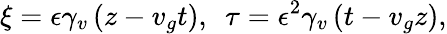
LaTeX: \xi=\epsilon\gamma_{v}\left(z-v_{g}t\right),~~\tau=\epsilon^{2}\gamma_{v}\left(t-v_{g}z\right),